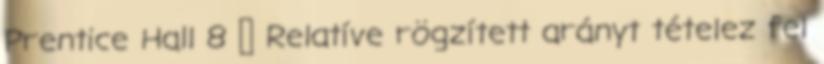
Prentice Hall 8  Relatíve rögzített arányt tételez fel